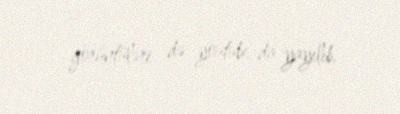
görüntüləri də youtube-da yayılıb.